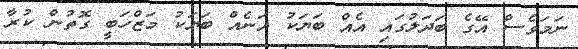
ނަމަވެސް އޭގެ ބަދަލުގައި އެއް ބަޔަކު އަނެއް ބަޔަކު މަޒްހަބީ ގޮތުން ކުރާ